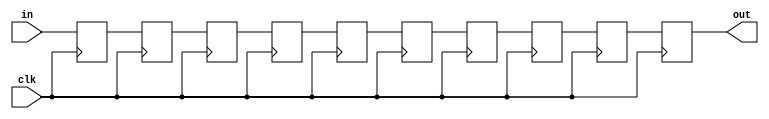
module top(clk, in, out);
    parameter DEPTH=10;
    input wire clk, in;
    output reg out;

    always @(posedge clk)
        out <= $past(in,DEPTH-1);
endmodule